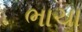
ભાચા